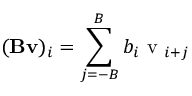
( \mathbf { B } \mathbf { v } ) _ { i } = \sum _ { j = - B } ^ { B } b _ { i } \mathrm { ~ v ~ } _ { i + j }